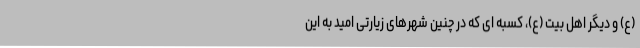
(ع) و دیگر اهل بیت (ع)، کسبه ای که در چنین شهرهای زیارتی امید به این